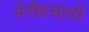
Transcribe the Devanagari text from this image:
मेरीटसाठी